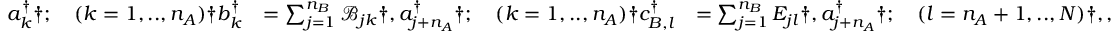
\begin{array} { r l r l } & { a _ { k } ^ { \dagger } \dag ; \quad ( k = 1 , . . , n _ { A } ) \dag b _ { k } ^ { \dagger } } & { = \sum _ { j = 1 } ^ { n _ { B } } \mathcal { B } _ { j k } \dag , a _ { j + n _ { A } } ^ { \dagger } \dag ; \quad ( k = 1 , . . , n _ { A } ) \dag c _ { B , l } ^ { \dagger } } & { = \sum _ { j = 1 } ^ { n _ { B } } E _ { j l } \dag , a _ { j + n _ { A } } ^ { \dagger } \dag ; \quad ( l = n _ { A } + 1 , . . , N ) \dag , , } \end{array}